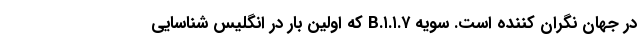
در جهان نگران کننده است. سویه B.۱.۱.۷ که اولین بار در انگلیس شناسایی